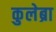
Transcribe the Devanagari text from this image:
कुलेब्रा